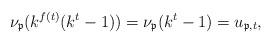
LaTeX: \begin{align*}\nu_{\mathfrak{p}}(k^{f(t)}(k^t-1)) = \nu_{\mathfrak{p}}(k^t-1) = u_{\mathfrak{p},t},\end{align*}